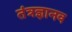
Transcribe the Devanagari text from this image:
तंत्रज्ञानव